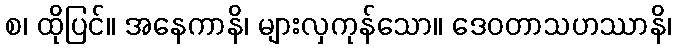
စ၊ ထိုပြင်။ အနေကာနိ၊ များလှကုန်သော။ ဒေဝတာသဟဿာနိ၊